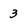
Character: 3